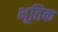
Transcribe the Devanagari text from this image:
भूतिक